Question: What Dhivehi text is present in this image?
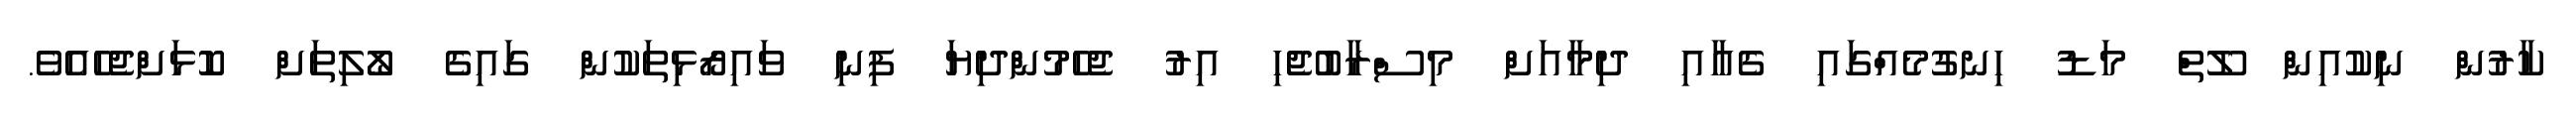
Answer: ކާރުން ނިކުއިން ލޫތް މަޑު ހިނގުމެއްގައި ގެއާއި ދިމާއަށް މިސްރާބުޖެހި އިރު ޖެހެމުންދިޔަ ފިނި ވައިރޯޅިތަކުން ގައިގެ ލޯލިތަށް ކޮޅަށްޖެހެއެވެ.